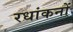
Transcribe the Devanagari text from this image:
रधांकनों